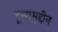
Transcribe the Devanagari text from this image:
हूसामुद्दीन